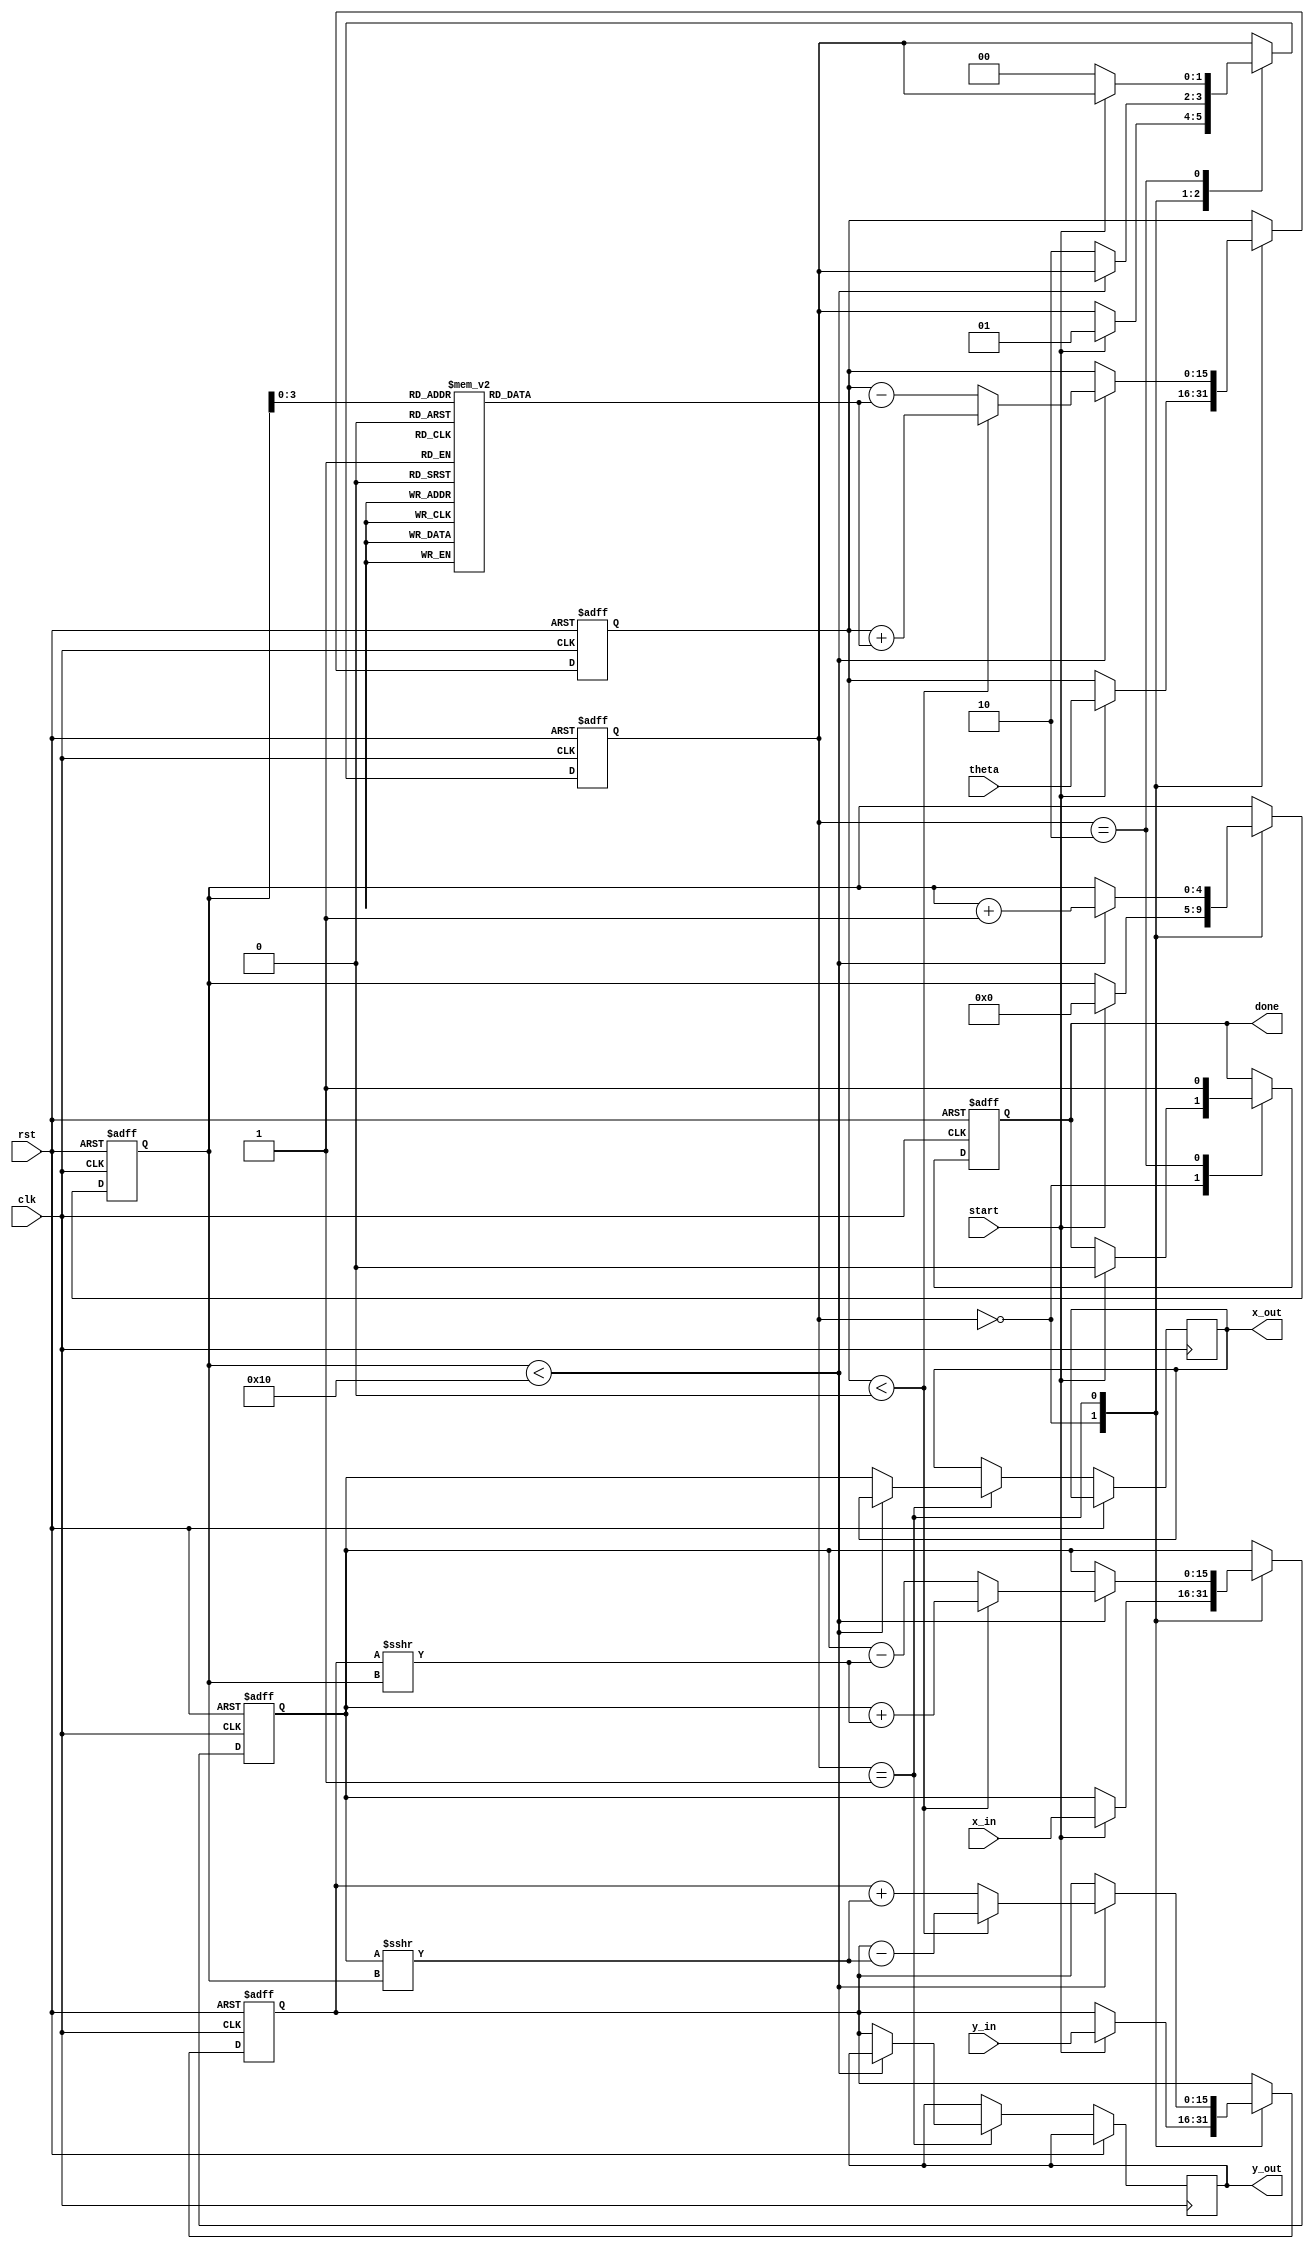
module unified_cordic #(
    parameter DATA_WIDTH = 16, // Width of the input/output data
    parameter ITERATIONS = 16   // Number of CORDIC iterations
)(
    input wire clk,
    input wire rst,
    input wire start,
    input wire [DATA_WIDTH-1:0] x_in, // Input X vector
    input wire [DATA_WIDTH-1:0] y_in, // Input Y vector
    input wire [DATA_WIDTH-1:0] theta, // Input angle in fixed-point
    output reg [DATA_WIDTH-1:0] x_out, // Output X vector
    output reg [DATA_WIDTH-1:0] y_out, // Output Y vector
    output reg done // Operation done signal
);

    // CORDIC constants
    reg [DATA_WIDTH-1:0] atan_table [0:ITERATIONS-1];
    initial begin
        // Pre-computed arctan(2^-i) values (scaled)
        atan_table[0] = 16'h26DD; // atan(1) = 45 degrees
        atan_table[1] = 16'h1D6A; // atan(0.5) = 26.565 degrees
        atan_table[2] = 16'h15B7; // atan(0.25) = 14.036 degrees
        // ... Fill in the rest of the atan_table values
    end

    // Internal registers
    reg [DATA_WIDTH-1:0] x_reg, y_reg;
    reg [DATA_WIDTH-1:0] theta_reg;
    reg [4:0] iteration; // Iteration counter
    reg [1:0] state; // State machine for control

    // State machine states
    localparam IDLE = 2'b00;
    localparam RUN = 2'b01;
    localparam DONE = 2'b10;

    // CORDIC iteration process
    always @(posedge clk or posedge rst) begin
        if (rst) begin
            x_reg <= 0;
            y_reg <= 0;
            theta_reg <= 0;
            iteration <= 0;
            state <= IDLE;
            done <= 0;
        end else begin
            case (state)
                IDLE: begin
                    if (start) begin
                        x_reg <= x_in;
                        y_reg <= y_in;
                        theta_reg <= theta;
                        iteration <= 0;
                        state <= RUN;
                        done <= 0;
                    end
                end
                RUN: begin
                    if (iteration < ITERATIONS) begin
                        // CORDIC rotation logic
                        if (theta_reg < 0) begin
                            // Counter-clockwise rotation
                            x_reg <= x_reg + (y_reg >>> iteration);
                            y_reg <= y_reg - (x_reg >>> iteration);
                            theta_reg <= theta_reg + atan_table[iteration];
                        end else begin
                            // Clockwise rotation
                            x_reg <= x_reg - (y_reg >>> iteration);
                            y_reg <= y_reg + (x_reg >>> iteration);
                            theta_reg <= theta_reg - atan_table[iteration];
                        end
                        iteration <= iteration + 1;
                    end else begin
                        // Finished all iterations
                        x_out <= x_reg;
                        y_out <= y_reg;
                        state <= DONE;
                    end
                end
                DONE: begin
                    done <= 1; // Signal that the operation is done
                    if (!start) begin
                        state <= IDLE; // Reset state when start is low
                    end
                end
            endcase
        end
    end

endmodule